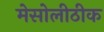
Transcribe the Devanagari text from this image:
मेसोलीठीक